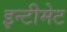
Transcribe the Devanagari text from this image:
इन्टीमेट